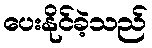
ပေးနိုင်ခဲ့သည်